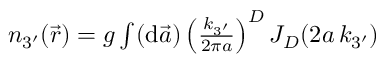
\begin{array} { r } { n _ { 3 ^ { \prime } } ( \vec { r } ) = g \int ( \mathrm { d } \vec { a } ) \left( \frac { k _ { 3 ^ { \prime } } } { 2 \pi a } \right) ^ { D } J _ { D } ( 2 a \, k _ { 3 ^ { \prime } } ) } \end{array}